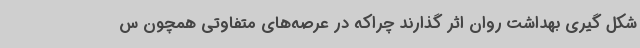
شکل گیری بهداشت روان اثر گذارند چراکه در عرصه‌های متفاوتی همچون س